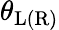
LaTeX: \theta_{\mathrm{L(R)}}